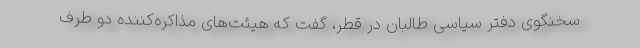
سخنگوی دفتر سیاسی طالبان در قطر، گفت که هیئت‌های مذاکره‌کننده دو طرف